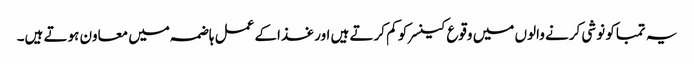
یہ تمباکو نوشی کرنے والوں میں وقوع کینسر کو کم کرتے ہیں اور غذاکے عمل ہاضمہ میں معاون ہوتے ہیں۔